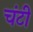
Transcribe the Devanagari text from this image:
चंटी